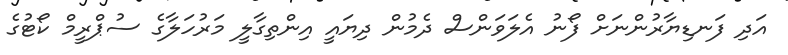
އަދި ފަނޑިޔާރުންނަށް ފޯނު އެލަވަންސް ދެމުން ދިޔައީ އިންތިގާލީ މަރުހަލާގެ ސުޕްރީމް ކޯޓުގެ